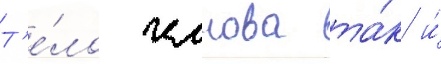
Т'е́ло челнова та́к и́